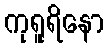
ကုရူရိနော